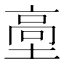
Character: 㙜